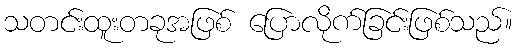
သတင်းထူးတခုအဖြစ် ပြောလိုက်ခြင်းဖြစ်သည်။